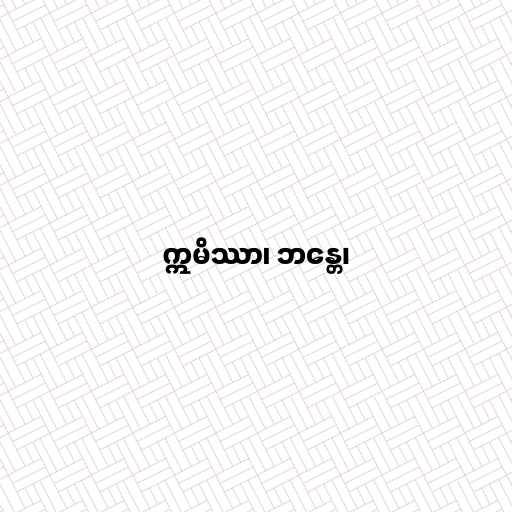
ဣမိဿာ၊ ဘန္တေ၊